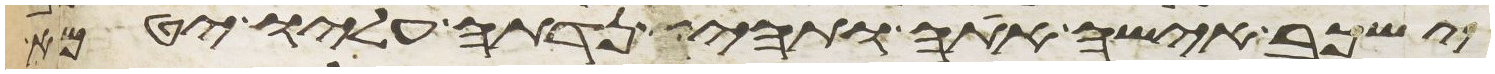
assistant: ישכב אישה אתה ותהי נדתה עליו יטמא